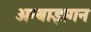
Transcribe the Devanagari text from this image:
अन्बाझगन